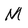
Character: M